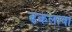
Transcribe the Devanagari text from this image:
ढकलावा